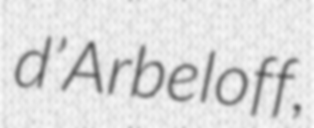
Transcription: d’Arbeloff,